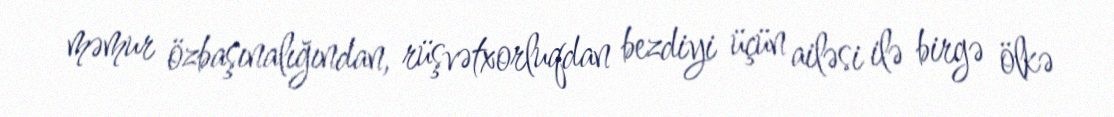
məmur özbaşınalığından, rüşvətxorluqdan bezdiyi üçün ailəsi ilə birgə ölkə